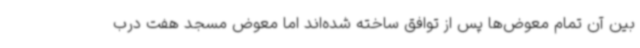
بین آن تمام معوض‌ها پس از توافق ساخته شده‌اند اما معوض مسجد هفت درب